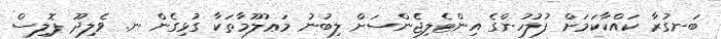
ބަނގުރާ ކައްކާކަމަށް ފުލުހުންގެ އިންޓެލިޖެންސަށް ލިބުނު މަޢުލޫމާތަކާ ގުޅިގެން ނ. ވެލިދޫ ޕޮލިސް